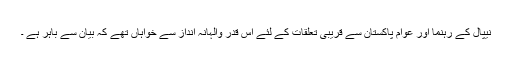
نیپال کے رہنما اور عوام پاکستان سے قریبی تعلقات کے لئے اس قدر والہانہ انداز سے خواہاں تھے کہ بیان سے باہر ہے ۔